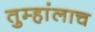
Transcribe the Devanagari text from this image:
तुम्हांलाच